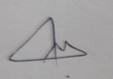
Signature authenticity: genuine